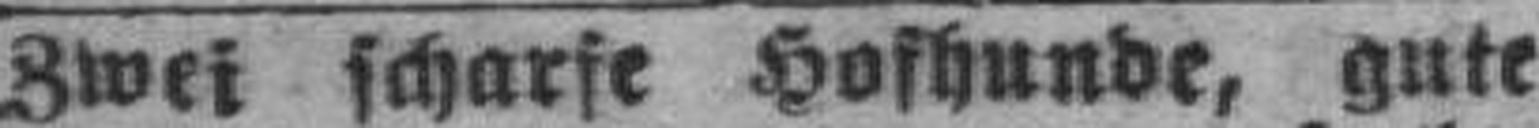
Zwei scharfe Hofhunde, gute